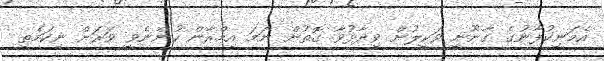
އެމަނިކުފާނުގެ ގާނޫނީ ވަކީލުން ވިދާޅުވާ ގޮތުން ނަމަ އިމްރާން ހުންނެވީ ވަރަށް ނިކަމެތި